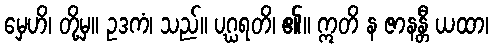
မှေဟိ၊ တို့မှ။ ဥဒကံ၊ သည်။ ပဂ္ဃရတိ၊ ၏။ ဣတိ န ဇာနန္တီ ယထာ၊